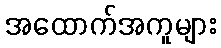
အထောက်အကူများ